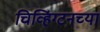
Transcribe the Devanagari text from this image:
चिव्हिंग्टनच्या